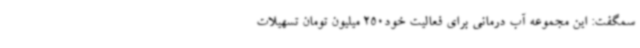
سمگفت: این مجموعه آب درمانی برای فعالیت خود250 میلیون تومان تسهیلات